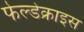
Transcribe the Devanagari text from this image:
फेल्डेक्राइस